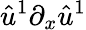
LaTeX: \hat{u}^{1}\partial_{x}\hat{u}^{1}